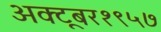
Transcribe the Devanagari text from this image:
अक्टूबर१९५७